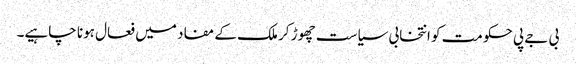
بی جے پی حکومت کو انتخابی سیاست چھوڑ کر ملک کے مفاد میں فعال ہونا چاہیے۔